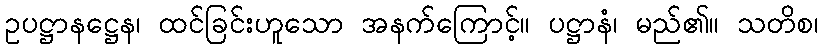
ဥပဋ္ဌာနဋ္ဌေန၊ ထင်ခြင်းဟူသော အနက်ကြောင့်။ ပဋ္ဌာနံ၊ မည်၏။ သတိစ၊